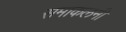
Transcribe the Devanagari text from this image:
समाकलनी